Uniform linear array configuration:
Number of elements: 64
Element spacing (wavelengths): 0.75
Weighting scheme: exponential
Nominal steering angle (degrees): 45
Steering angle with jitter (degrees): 46.574
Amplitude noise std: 0.05
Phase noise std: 0.05

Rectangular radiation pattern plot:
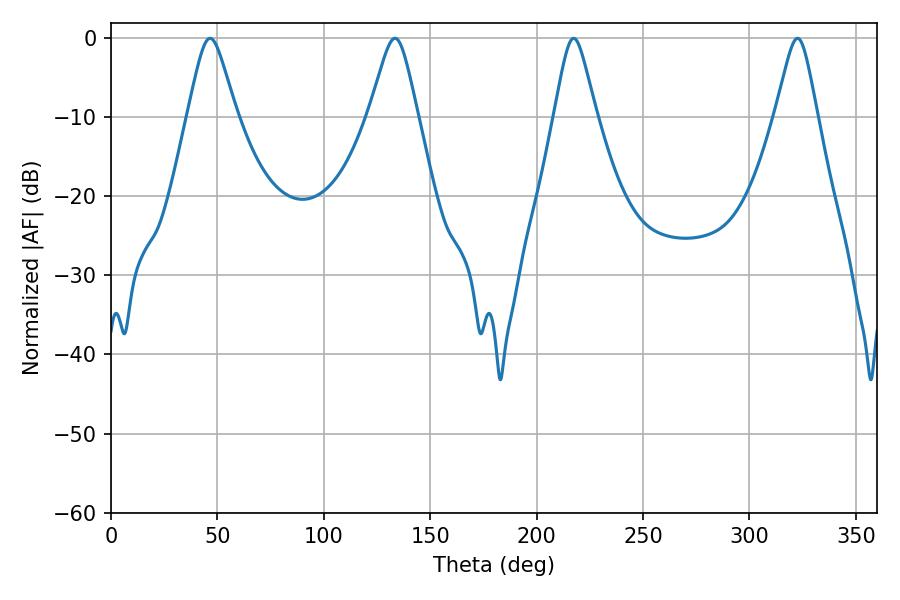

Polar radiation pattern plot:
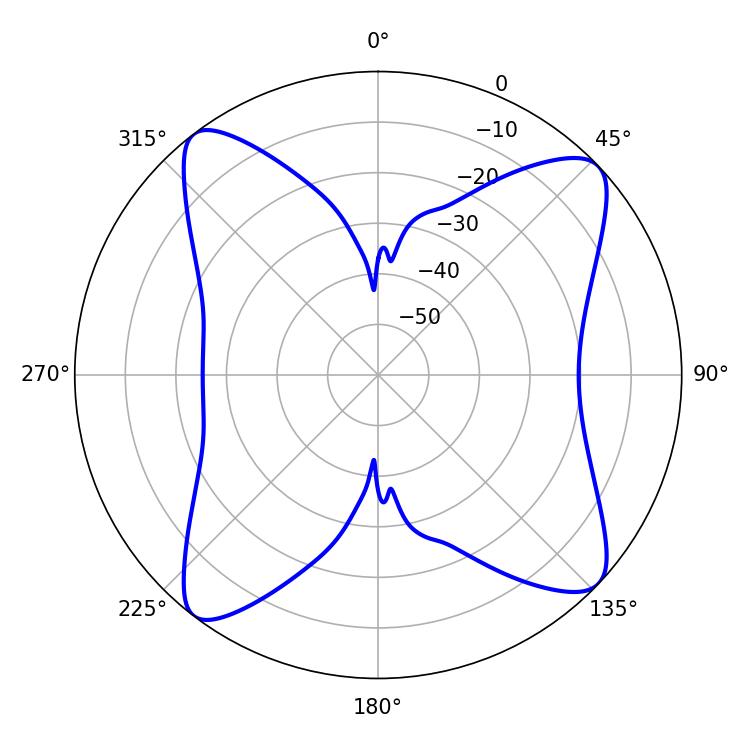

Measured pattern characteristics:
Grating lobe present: TRUE
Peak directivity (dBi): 13.075
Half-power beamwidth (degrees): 9.36
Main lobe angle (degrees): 217.44